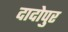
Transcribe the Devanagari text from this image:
दादोपुर